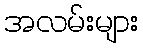
အလမ်းများ